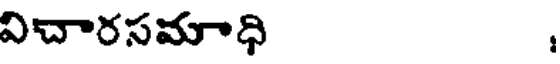
విచారసమాధి